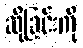
ဆိုခြင်းကို